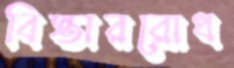
বিস্তাররোধ